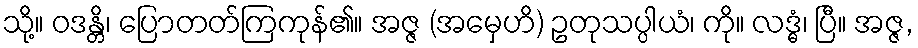
သို့။ ဝဒန္တိ၊ ပြောတတ်ကြကုန်၏။ အဇ္ဇ (အမှေဟိ) ဥတုသပ္ပါယံ၊ ကို။ လဒ္ဓံ၊ ပြီ။ အဇ္ဇ,